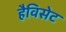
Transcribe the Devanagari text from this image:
हैविसेट